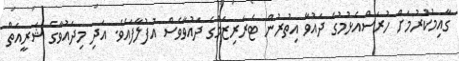
ގާއިމުކުރުމަށް ހުރަސްއެޅުމުގެ ދައުވާ އިތުރުން ޓެރަރިޒަމްގެ ދައުވާވެސް އުފުލާފައެވެ. އަދި މިދައުވާގެ ޝަރީއަތް